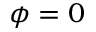
\phi = 0